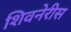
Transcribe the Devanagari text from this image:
शिवनेरीस